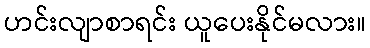
ဟင်းလျာစာရင်း ယူပေးနိုင်မလား။